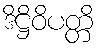
ဒိဋ္ဌိဝိပတ္တိ